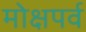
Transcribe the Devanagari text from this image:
मोक्षपर्व